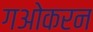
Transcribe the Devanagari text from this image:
गओकरन